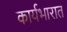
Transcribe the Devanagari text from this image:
कार्यभारात